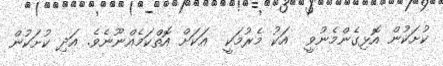
ކުށަކުން އޮޅިގެންމެނުވީ  އަކު މެރުމަކީ  އަކަށް އޮތްކަމެއްނޫނެވެ. އަދި ކުށަކުން